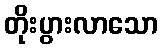
တိုးပွားလာသော